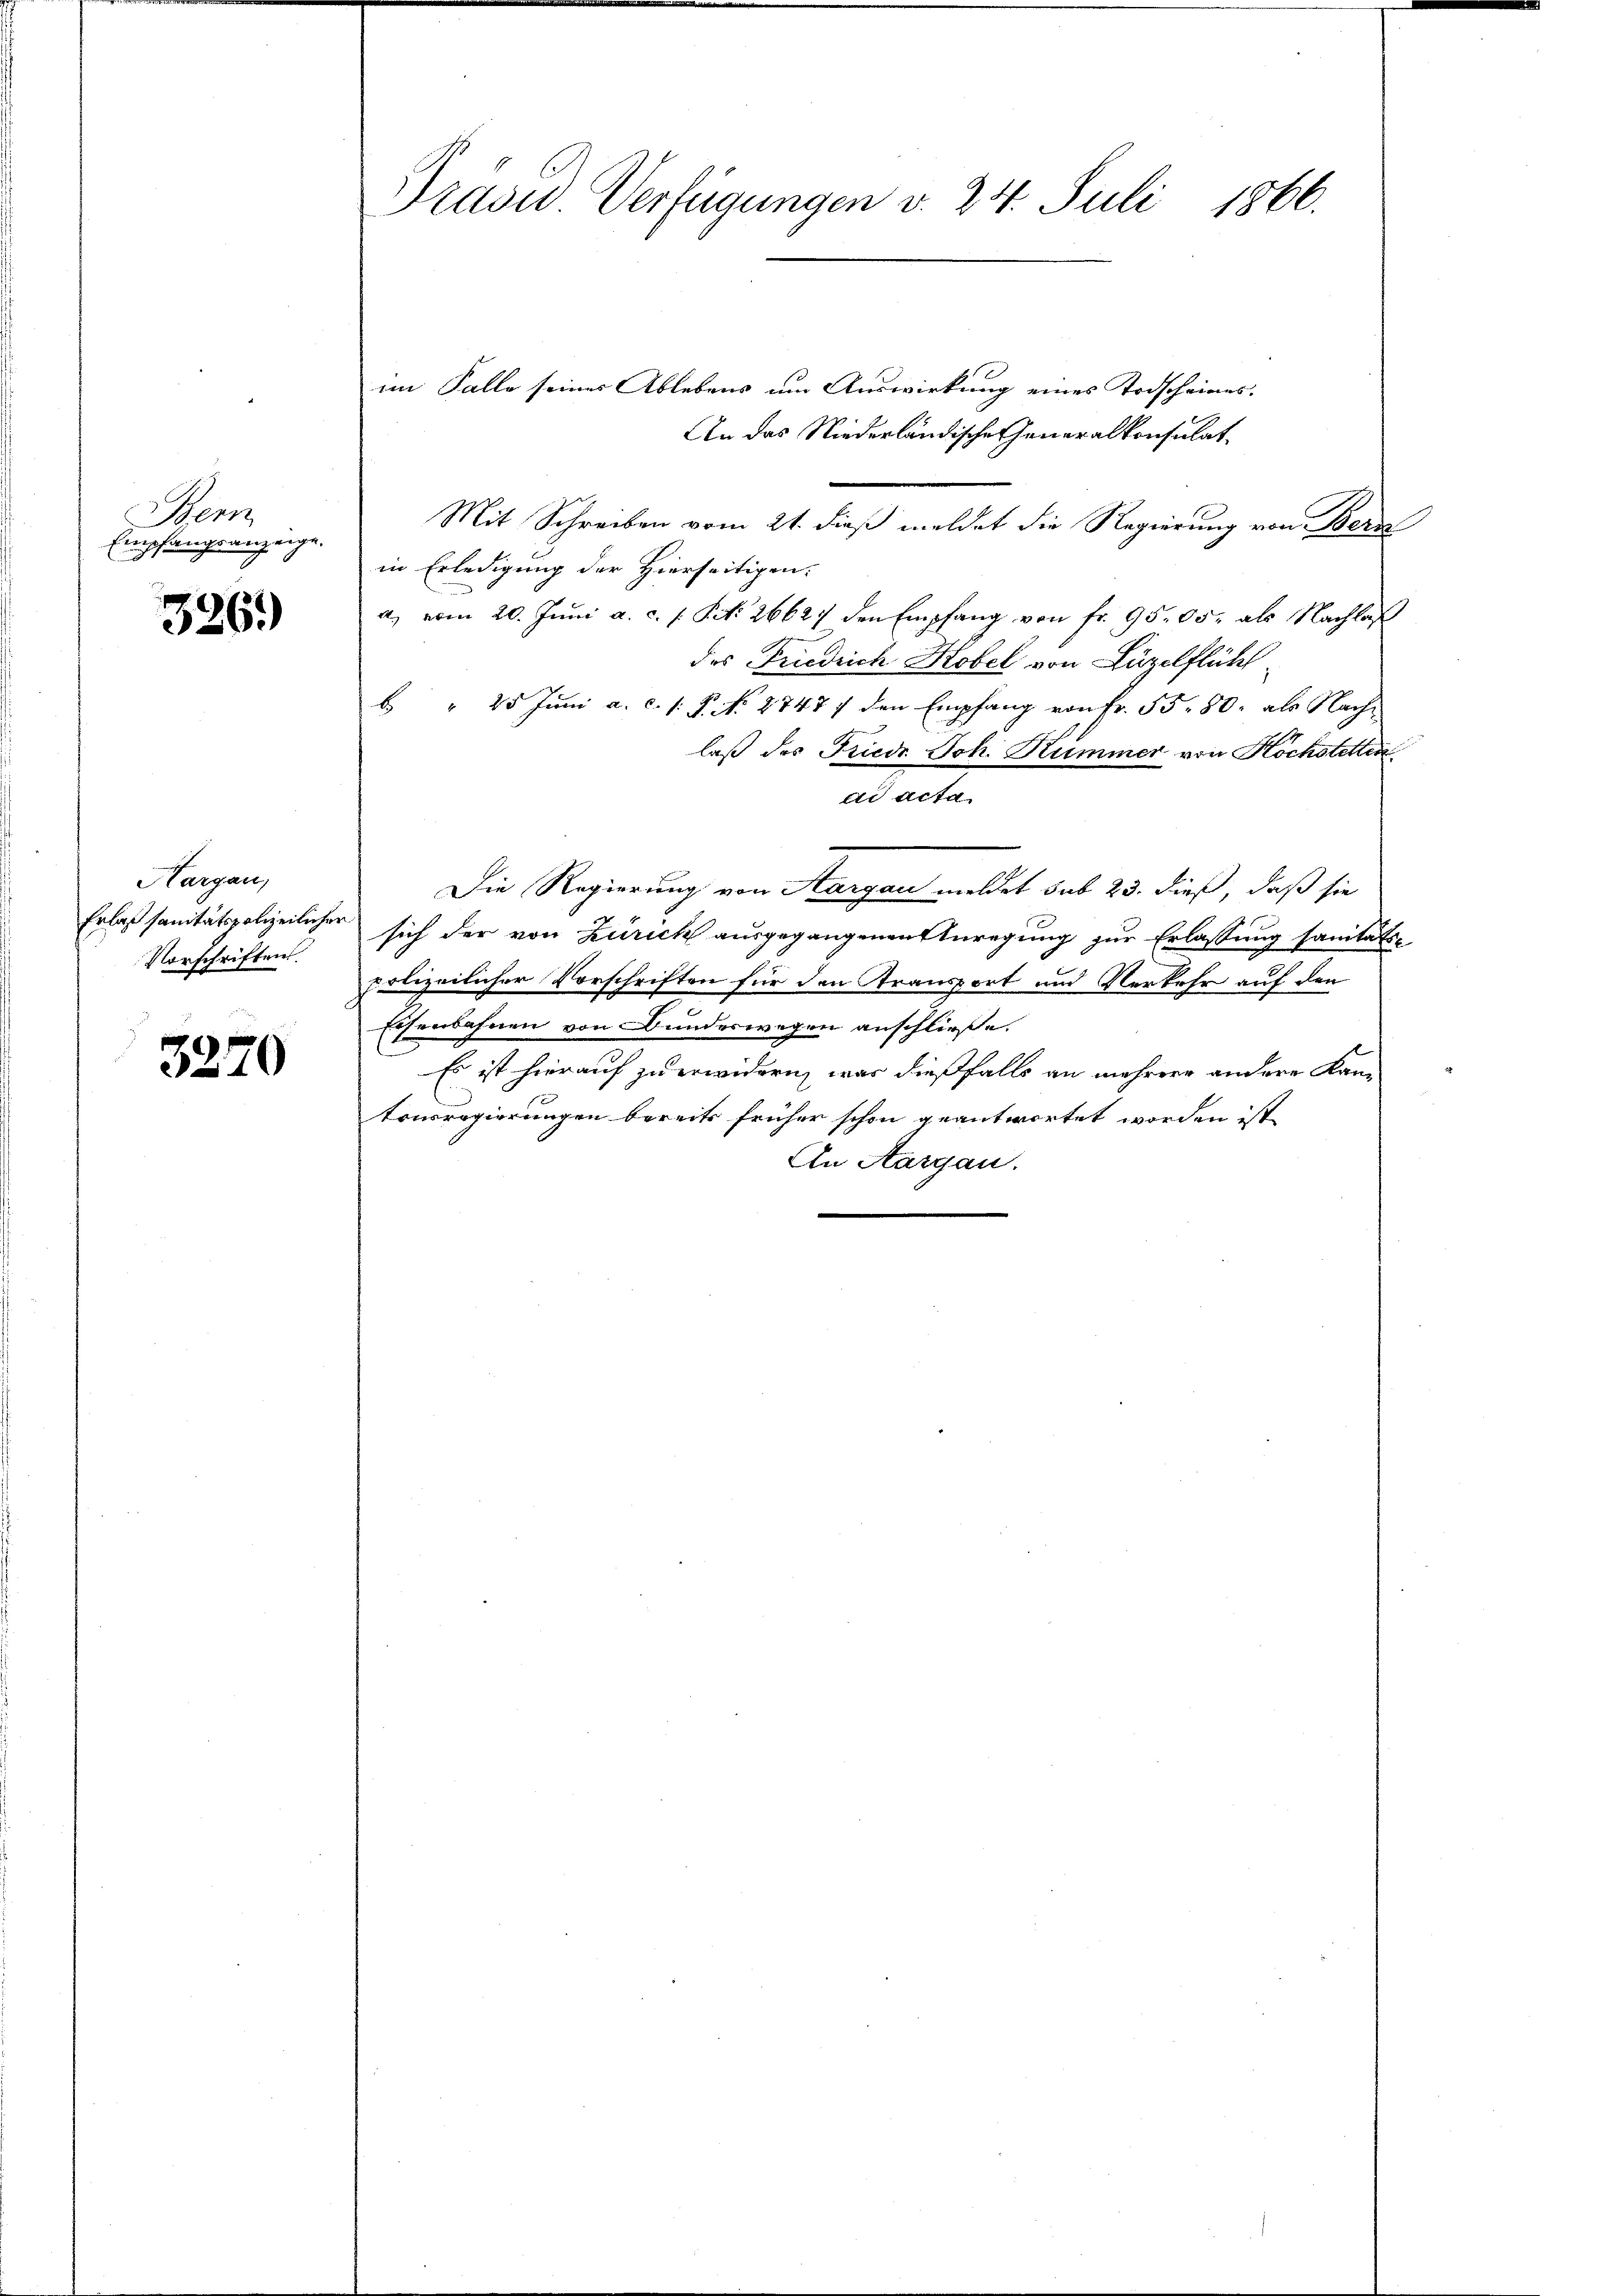
Bern
Empfangsanzeige.

326.)

Hargau,
Erlaß sanitätspolizeiliche
Vorschriften.

3270

Präver Verfügungen v. 24. Juli 1866.

im Falle seines Ablebens um Auswirkung eines Todscheines.
An das Niederländische Generalkonsulat
Mit Schreiben vom 21. dieß meldet die Regierung von Bern
in Erledigung der Hierseitigen.
a. vom 20. Jŭni a. c. s. S. 26627 den Empfang von fr. 95,05. als Nachlaß
des Friedrich Hobel von Luzelflühl
 " 25 Juni a. c. 1. P. N. 2747 / den Empfang von Fr. 55, 80, als Nachlaß des Friedr Joh. Kummer von Hochstetten
ad acta
Die Regierung von Aargau meldet sub 23. dieß, daß sie
sich der von Zürich ausgegangenen Anregung zur Erlassung sanitäte
polizeilicher Vorschriften für den Transport und Verkehr auf den
Eisenbahnen von Bundeswegen anschließe.
Es ist hierauf zu erwidern, was dießfalls an mehrere andere Kantonsregierungen bereits früher schon geantwortet worden ist
An Aargau.